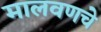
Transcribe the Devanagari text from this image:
मालवणचे